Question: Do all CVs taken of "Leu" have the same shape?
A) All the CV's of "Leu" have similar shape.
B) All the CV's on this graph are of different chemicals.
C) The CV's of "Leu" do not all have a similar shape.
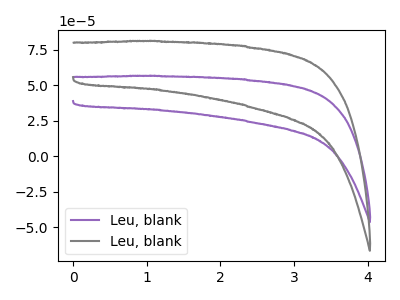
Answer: <think>The purple curve "Leu, blank1" has no peaks. The gray curve "Leu, blank2" has no peaks.
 Neither "Leu, blank1" or "Leu, blank2" have any peaks.</think>
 <answer>A) All the CV's of "Leu" have similar shape.</answer>
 <eval>A</eval>